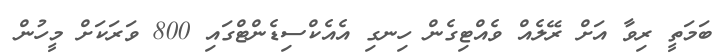
ބަމަތީ ރިވާ އަށް ރޭލެއް ވެއްޓިގެން ހިނގި އެއެކްސިޑެންޓްގައި 800 ވަރަކަށް މީހުން